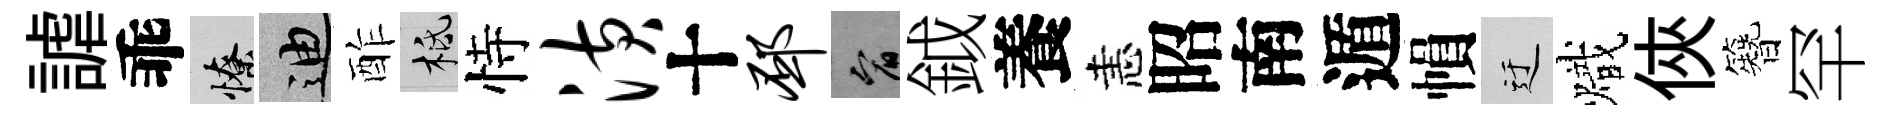
謔乖憭迪酢柢恃潢十邳宥鉞養恚昭南遁𢄙迂熾俠簪罕